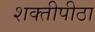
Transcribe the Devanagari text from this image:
शक्तीपीठा